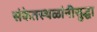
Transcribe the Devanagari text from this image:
संकेतस्थळांनीसुद्धा